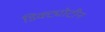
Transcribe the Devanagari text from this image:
डिक्ट्योटीन